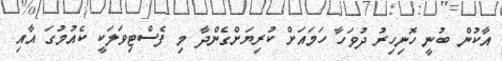
އާކުން ބުނީ ހޮނިހިރު ދުވަހާ ހަމައަށް ކުރިޔަށްގެންދާ މި ފެސްޓިވަލަކީ ކެއުމުގަ އާއި